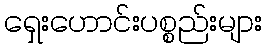
ရှေးဟောင်းပစ္စည်းများ